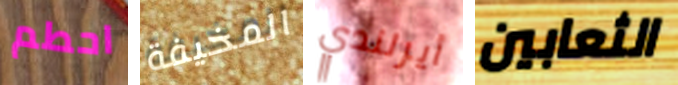
احطم المخيفة أيرلندي الثعابين